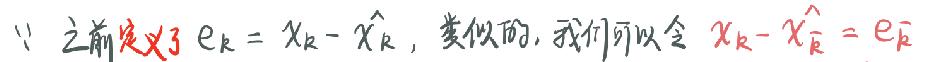
$\because$之前定义了$e_{k}=x_{k}-\hat{x_{k}}$，类似的，我们可以令$x_{k}-\hat{x_{\overline{k}}}=e_{\overline{k}}$